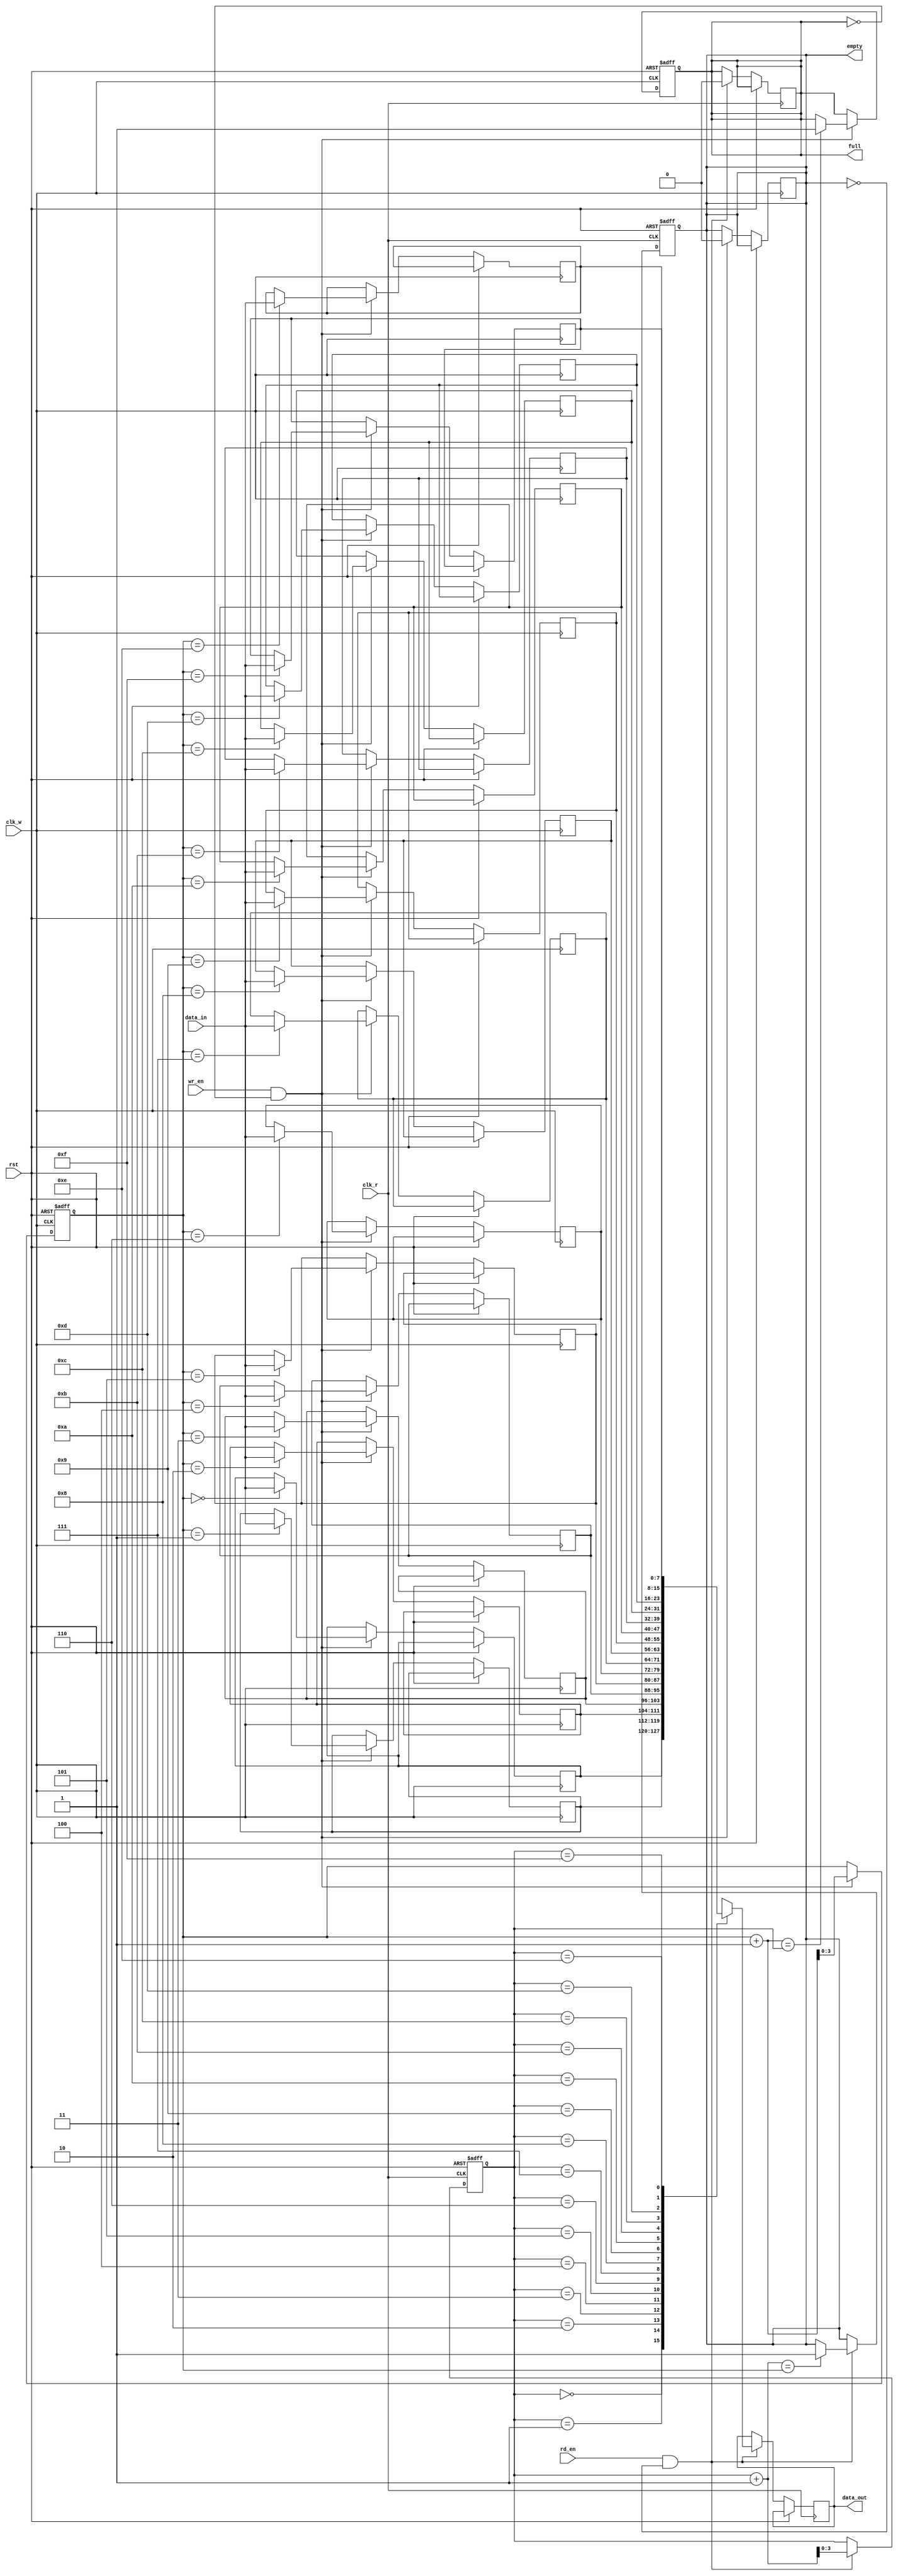
module dual_clock_fifo #(
    parameter DATA_WIDTH = 8,   // Width of data
    parameter FIFO_DEPTH = 16    // Depth of FIFO (must be a power of 2)
)(
    input wire clk_w,            // Write clock
    input wire clk_r,            // Read clock
    input wire rst,              // Asynchronous reset
    input wire wr_en,            // Write enable
    input wire rd_en,            // Read enable
    input wire [DATA_WIDTH-1:0] data_in, // Data to write
    output wire [DATA_WIDTH-1:0] data_out, // Data to read
    output wire full,            // FIFO full flag
    output wire empty            // FIFO empty flag
);

    // Memory array
    reg [DATA_WIDTH-1:0] fifo_mem [0:FIFO_DEPTH-1];

    // Pointer declarations
    reg [$clog2(FIFO_DEPTH)-1:0] wr_ptr = 0;
    reg [$clog2(FIFO_DEPTH)-1:0] rd_ptr = 0;

    // Status flags
    reg full_reg = 0;
    reg empty_reg = 1;

    // Write Logic
    always @(posedge clk_w or posedge rst) begin
        if (rst) begin
            wr_ptr <= 0;
            full_reg <= 0;
        end else if (wr_en && !full_reg) begin
            fifo_mem[wr_ptr] <= data_in;
            wr_ptr <= wr_ptr + 1;
            if (wr_ptr + 1 == rd_ptr) begin // Wrap-around check
                full_reg <= 1;
            end
            empty_reg <= 0; // Writing data makes FIFO not empty
        end
    end

    // Read Logic
    always @(posedge clk_r or posedge rst) begin
        if (rst) begin
            rd_ptr <= 0;
            empty_reg <= 1;
        end else if (rd_en && !empty_reg) begin
            data_out <= fifo_mem[rd_ptr];
            rd_ptr <= rd_ptr + 1;
            if (rd_ptr + 1 == wr_ptr) begin // Wrap-around check
                empty_reg <= 1;
            end
            full_reg <= 0; // Reading data makes FIFO not full
        end
    end

    // Full and empty flag assignments
    assign full = full_reg;
    assign empty = empty_reg;

endmodule